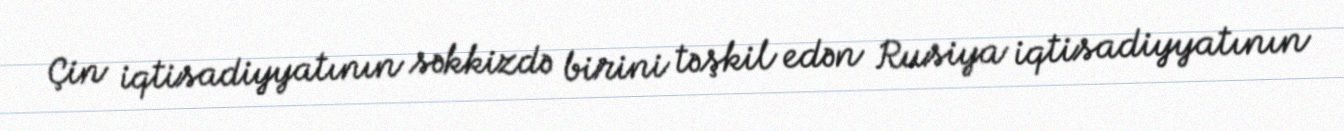
Çin iqtisadiyyatının səkkizdə birini təşkil edən Rusiya iqtisadiyyatının